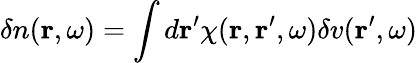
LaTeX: \delta n({\mathbf r},\omega)=\int d{\mathbf r}^{\prime}\chi({\mathbf r},{\mathbf r}^{\prime},\omega)\delta v({\mathbf r}^{\prime},\omega)